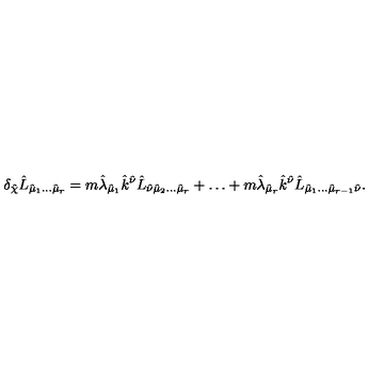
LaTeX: \delta _ { \hat { \chi } } \hat { L } _ { \hat { \mu } _ { 1 } \ldots \hat { \mu } _ { r } } = m \hat { \lambda } _ { \hat { \mu } _ { 1 } } \hat { k } ^ { \hat { \nu } } \hat { L } _ { \hat { \nu } \hat { \mu } _ { 2 } \ldots \hat { \mu } _ { r } } + \ldots + m \hat { \lambda } _ { \hat { \mu } _ { r } } \hat { k } ^ { \hat { \nu } } \hat { L } _ { \hat { \mu } _ { 1 } \ldots \hat { \mu } _ { r - 1 } \hat { \nu } } .